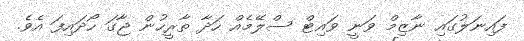
ފައިނަލުގައި ނާޒިމް ވަނީ ވައިޓް ސްލޭމެއް ހަދާ ތާރީހުން ޖާގަ ހޯދައިފަ އެވެ.